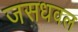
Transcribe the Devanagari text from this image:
जसधवल